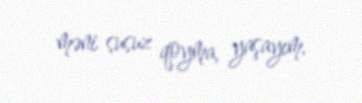
məni susuz qoyma, yaşayım.